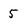
Character: 5